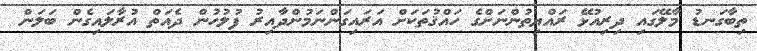
ތިބާގަނޑު މާލޭގައި ދިރިއުޅޭ ރައްޔިތުންނަށްގެ ހައްޤުތަކަށް އަރައިގަންނަމުންދާއިރު ފުލުހުން ދެއަތް އުރާލައިގެން ބަލަން